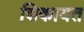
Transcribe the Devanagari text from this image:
शिकायत